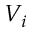
V _ { i }